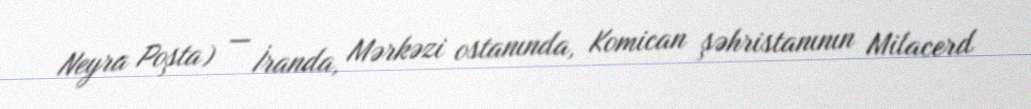
Neyra Poşta) — İranda, Mərkəzi ostanında, Komican şəhristanının Milacerd